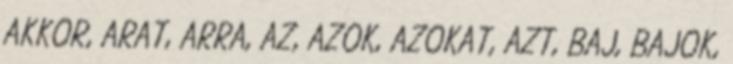
AKKOR, ARAT, ARRA, AZ, AZOK, AZOKAT, AZT, BAJ, BAJOK,